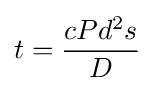
t={\frac {cPd^{2}s}{D}}